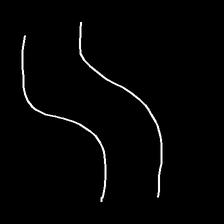
Glyph: float